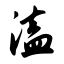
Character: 溘